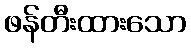
ဖန်တီးထားသော